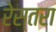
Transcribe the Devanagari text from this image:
रेस्तरा